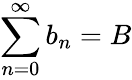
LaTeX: \sum_{n=0}^{\infty}b_{n}=B